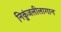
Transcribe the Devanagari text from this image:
निकुंजलीलागान